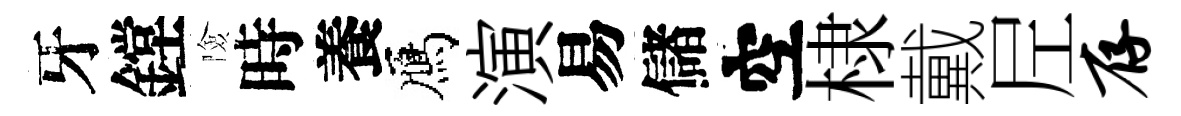
牙鏜險時養鴈演易儲空棣戴𡰱存